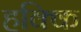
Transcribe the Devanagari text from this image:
हक्कि